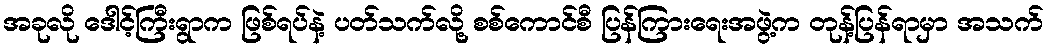
အခုလို ဒေါင့်ကြီးရွာက ဖြစ်ရပ်နဲ့ ပတ်သက်လို့ စစ်ကောင်စီ ပြန်ကြားရေးအဖွဲ့က တုန့်ပြန်ရာမှာ အသက်